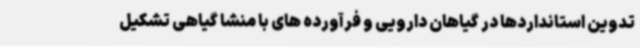
تدوین استانداردها در گیاهان دارویی و فرآورده های با منشا گیاهی تشکیل